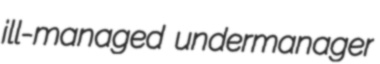
ill-managed undermanager